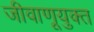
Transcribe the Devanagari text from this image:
जीवाणूयुक्त